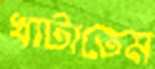
খাটাতেম